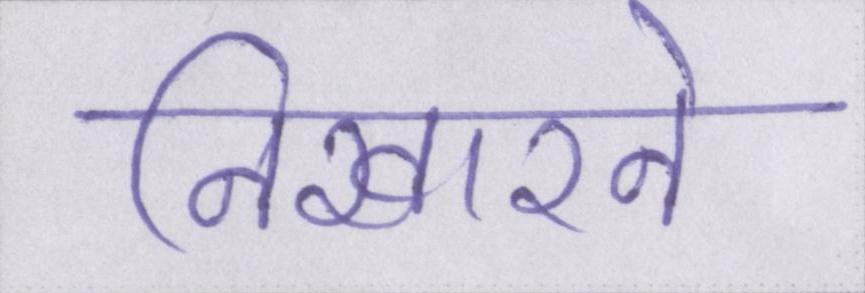
निखारने